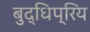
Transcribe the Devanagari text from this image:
बुद्धिप्रिय